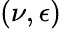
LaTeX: (\nu,\epsilon)